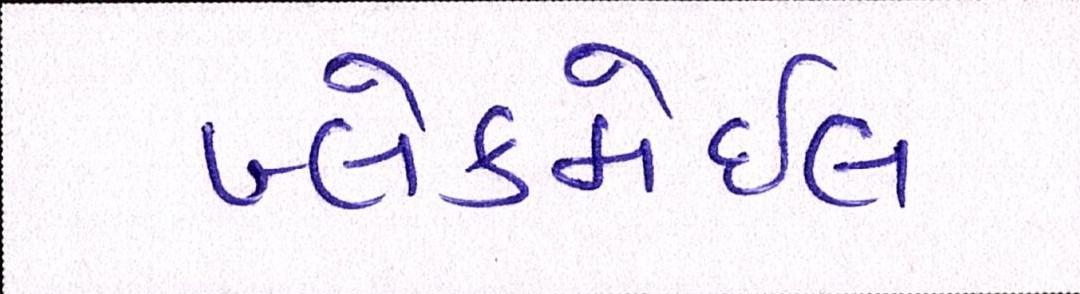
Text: બ્લેકમેઈલ